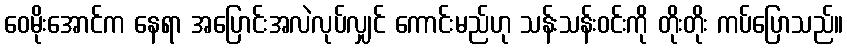
ဝေမိုးအောင်က နေရာ အပြောင်းအလဲလုပ်လျှင် ကောင်းမည်ဟု သန်းသန်းဝင်းကို တိုးတိုး ကပ်ပြောသည်။